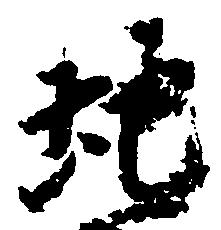
地